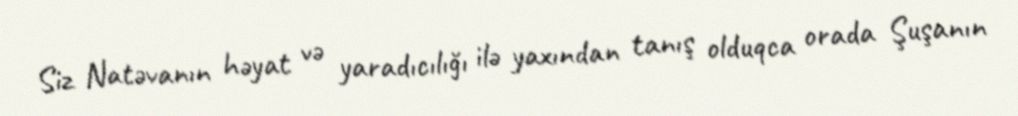
Siz Natəvanın həyat və yaradıcılığı ilə yaxından tanış olduqca orada Şuşanın